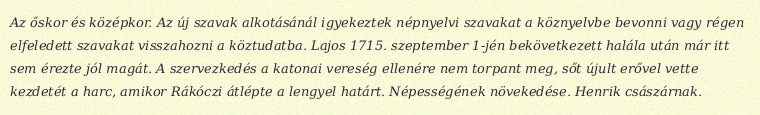
Az őskor és középkor. Az új szavak alkotásánál igyekeztek népnyelvi szavakat a köznyelvbe bevonni vagy régen elfeledett szavakat visszahozni a köztudatba. Lajos 1715. szeptember 1-jén bekövetkezett halála után már itt sem érezte jól magát. A szervezkedés a katonai vereség ellenére nem torpant meg, sőt újult erővel vette kezdetét a harc, amikor Rákóczi átlépte a lengyel határt. Népességének növekedése. Henrik császárnak.